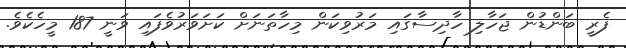
ފެރީ ބަންޑުން ޖަހާލި ހާދިސާގައި މަރުވިކަން މިހާތަނަށް ކަށަވަރުވެފައި ވަނީ 187 މީހެކެވެ.